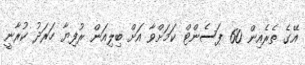
އޭގެ ތެރެއިން 60 ޕަސެންޓް ކަމަށްވާ އަށް ބިލިއަން ރުފިޔާ ހަރަދު ކުރާނީ